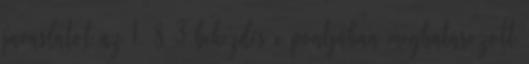
javaslatot az 1. § 3 bekezdés c pontjában meghatározott